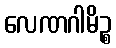
လေဏဂါမိဉ္စ